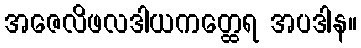
အဇေလိဖလဒါယကတ္ထေရ အပဒါန။